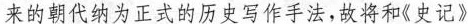
来的朝代纳为正式的历史写作手法，故将和《史记》